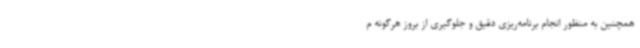
همچنین به منظور انجام برنامه‌ریزی دقیق و جلوگیری از بروز هرگونه م